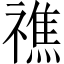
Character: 𥛲